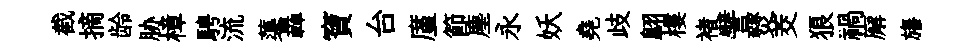
截摘龄胁樟騁流蕖轟寶台廑節塵永妖堯歧翺樓褚譬燹茭狼禍廨旛